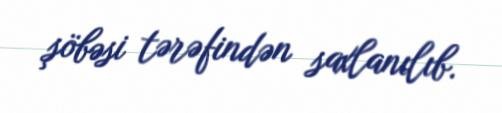
şöbəsi tərəfindən saxlanılıb.